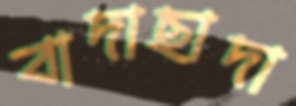
বাদাছাদা